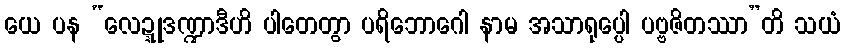
ယေ ပန “လေဍ္ဍုဒဏ္ဍာဒီဟိ ပါတေတွာ ပရိဘောဂေါ နာမ အသာရုပ္ပေါ ပဗ္ဗဇိတဿာ”တိ သယံ